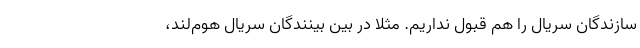
سازندگان سریال را هم قبول نداریم. مثلا در بین بینندگان سریال هوم‌لند،